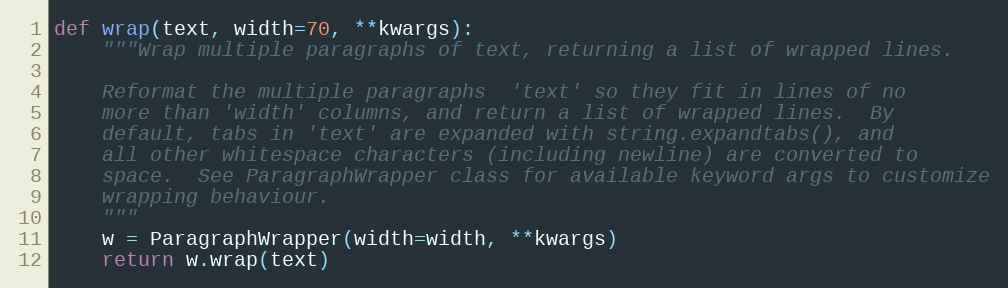
Language: Python
def wrap(text, width=70, **kwargs):
    """Wrap multiple paragraphs of text, returning a list of wrapped lines.

    Reformat the multiple paragraphs  'text' so they fit in lines of no
    more than 'width' columns, and return a list of wrapped lines.  By
    default, tabs in 'text' are expanded with string.expandtabs(), and
    all other whitespace characters (including newline) are converted to
    space.  See ParagraphWrapper class for available keyword args to customize
    wrapping behaviour.
    """
    w = ParagraphWrapper(width=width, **kwargs)
    return w.wrap(text)